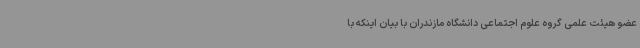
عضو هیئت علمی گروه علوم اجتماعی دانشگاه مازندران با بیان اینکه با